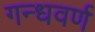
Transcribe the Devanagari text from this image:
गन्धवर्ण